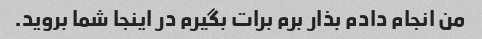
من انجام دادم بذار برم برات بگیرم در اینجا شما بروید.